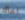
اخاك